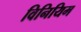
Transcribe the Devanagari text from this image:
विनियिम